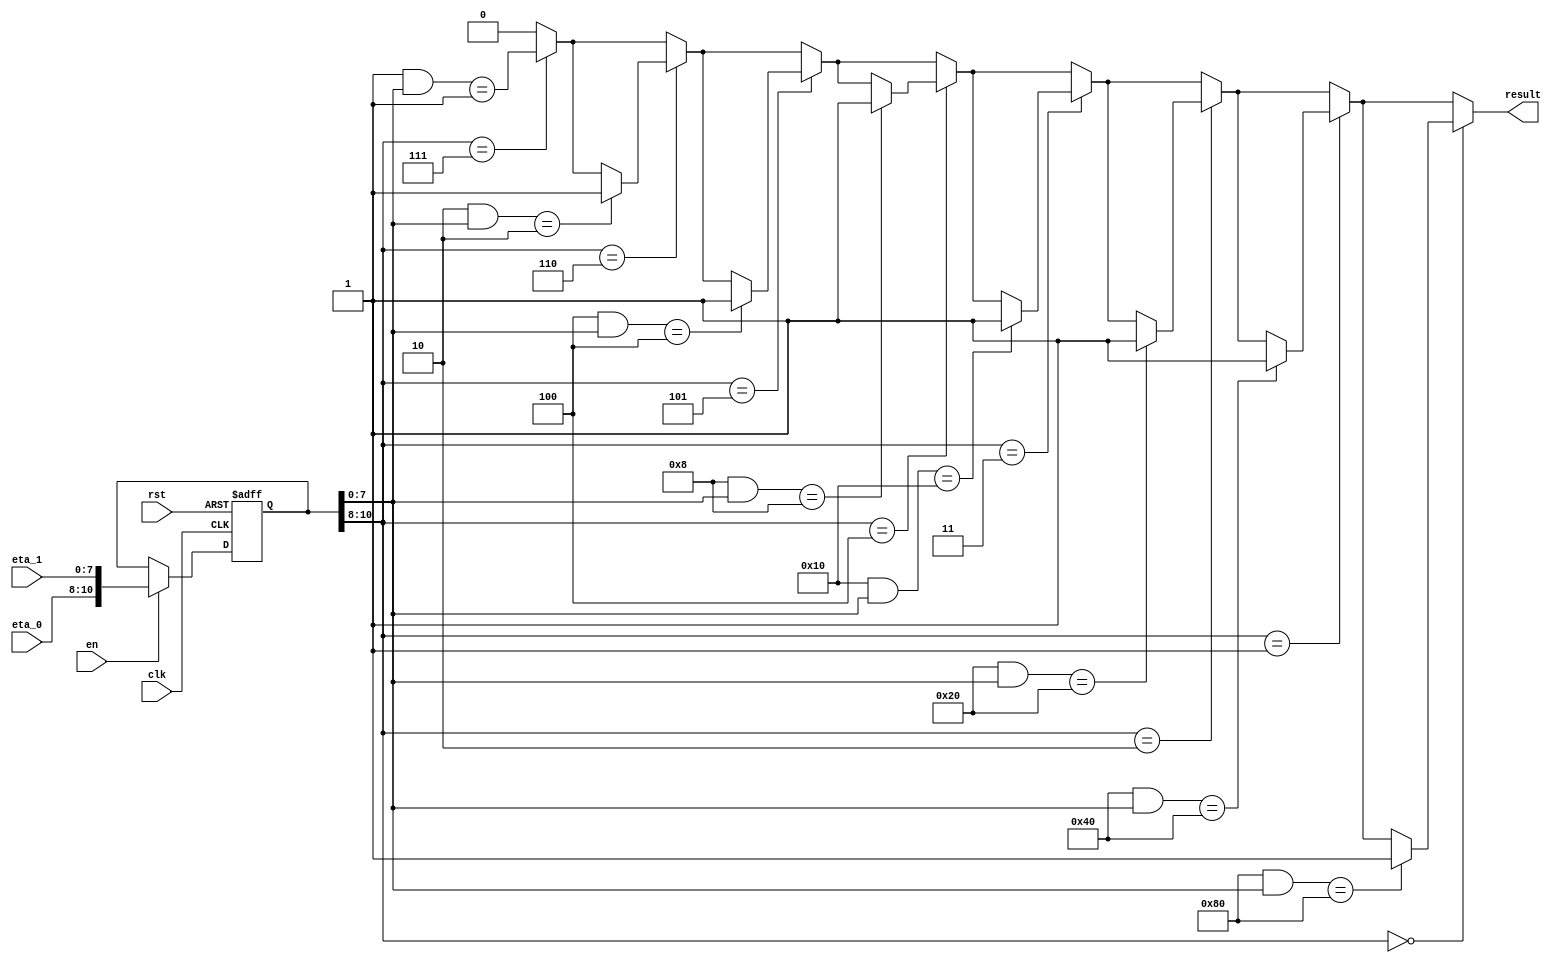
/* AUTOMATICALLY GENERATED VERILOG-2001 SOURCE CODE.
** GENERATED BY CLASH 1.6.3. DO NOT MODIFY.
*/
`timescale 100fs/100fs
module topEntity
    ( // Inputs
      input  clk // clock
    , input  rst // reset
    , input  en // enable
    , input [2:0] eta_0
    , input [7:0] eta_1

      // Outputs
    , output reg  result
    );
  reg [10:0] s1 = {3'd0,   8'd0};
  wire [2:0] x;
  reg  result_1;
  reg  c$case_alt;
  reg  c$case_alt_0;
  reg  result_2;
  reg  c$case_alt_1;
  reg  result_3;
  reg  c$case_alt_2;
  reg  result_4;
  reg  c$case_alt_3;
  reg  result_5;
  reg  c$case_alt_4;
  reg  result_6;
  reg  c$case_alt_5;
  reg  c$case_alt_6;
  wire [10:0] eta;
  wire [7:0] c$case_alt_selection_res;
  wire [7:0] c$case_alt_selection_res_2;
  wire [7:0] c$case_alt_selection_res_3;
  wire [7:0] c$case_alt_selection_res_4;
  wire [7:0] c$case_alt_selection_res_5;
  wire [7:0] c$case_alt_selection_res_6;
  wire [7:0] c$case_alt_selection_res_7;

  assign eta = {eta_0,   eta_1};

  // register begin
  always @(posedge clk or  posedge  rst) begin : s1_register
    if ( rst) begin
      s1 <= {3'd0,   8'd0};
    end else if (en) begin
      s1 <= eta;
    end
  end
  // register end

  assign x = s1[10:8];

  always @(*) begin
    case(x)
      3'd6 : result_1 = c$case_alt;
      default : result_1 = c$case_alt_0;
    endcase
  end

  assign c$case_alt_selection_res = 8'd2 & s1[7:0];

  always @(*) begin
    case(c$case_alt_selection_res)
      8'd2 : c$case_alt = 1'b1;
      default : c$case_alt = c$case_alt_0;
    endcase
  end

  always @(*) begin
    case(x)
      3'd7 : c$case_alt_0 = (8'd1 & s1[7:0]) == 8'd1;
      default : c$case_alt_0 = 1'b0;
    endcase
  end

  always @(*) begin
    case(x)
      3'd5 : result_2 = c$case_alt_1;
      default : result_2 = result_1;
    endcase
  end

  assign c$case_alt_selection_res_2 = 8'd4 & s1[7:0];

  always @(*) begin
    case(c$case_alt_selection_res_2)
      8'd4 : c$case_alt_1 = 1'b1;
      default : c$case_alt_1 = result_1;
    endcase
  end

  always @(*) begin
    case(x)
      3'd4 : result_3 = c$case_alt_2;
      default : result_3 = result_2;
    endcase
  end

  assign c$case_alt_selection_res_3 = 8'd8 & s1[7:0];

  always @(*) begin
    case(c$case_alt_selection_res_3)
      8'd8 : c$case_alt_2 = 1'b1;
      default : c$case_alt_2 = result_2;
    endcase
  end

  always @(*) begin
    case(x)
      3'd3 : result_4 = c$case_alt_3;
      default : result_4 = result_3;
    endcase
  end

  assign c$case_alt_selection_res_4 = 8'd16 & s1[7:0];

  always @(*) begin
    case(c$case_alt_selection_res_4)
      8'd16 : c$case_alt_3 = 1'b1;
      default : c$case_alt_3 = result_3;
    endcase
  end

  always @(*) begin
    case(x)
      3'd2 : result_5 = c$case_alt_4;
      default : result_5 = result_4;
    endcase
  end

  assign c$case_alt_selection_res_5 = 8'd32 & s1[7:0];

  always @(*) begin
    case(c$case_alt_selection_res_5)
      8'd32 : c$case_alt_4 = 1'b1;
      default : c$case_alt_4 = result_4;
    endcase
  end

  always @(*) begin
    case(x)
      3'd1 : result_6 = c$case_alt_5;
      default : result_6 = result_5;
    endcase
  end

  assign c$case_alt_selection_res_6 = 8'd64 & s1[7:0];

  always @(*) begin
    case(c$case_alt_selection_res_6)
      8'd64 : c$case_alt_5 = 1'b1;
      default : c$case_alt_5 = result_5;
    endcase
  end

  always @(*) begin
    case(x)
      3'd0 : result = c$case_alt_6;
      default : result = result_6;
    endcase
  end

  assign c$case_alt_selection_res_7 = 8'd128 & s1[7:0];

  always @(*) begin
    case(c$case_alt_selection_res_7)
      8'd128 : c$case_alt_6 = 1'b1;
      default : c$case_alt_6 = result_6;
    endcase
  end


endmodule